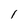
Character: l